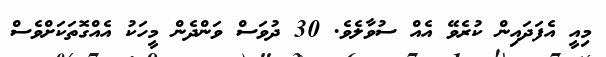
މިއީ އެފަދައިން ކުރެވޭ އެއް ސުވާލެވެ. 30 ދުވަސް ވަންދެން މީހަކު އެއްގޮތަކަށްވެސް